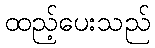
ထည့်ပေးသည်